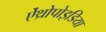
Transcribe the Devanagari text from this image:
ऐंथ्रोपोइडिया